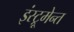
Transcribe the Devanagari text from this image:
इंस्ट्रूमेन्त